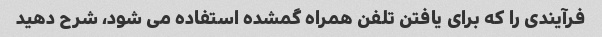
فرآیندی را که برای یافتن تلفن همراه گمشده استفاده می شود، شرح دهید